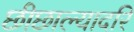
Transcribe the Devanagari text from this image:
छीछाल्यादरि